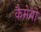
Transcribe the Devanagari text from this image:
कैमेयो